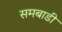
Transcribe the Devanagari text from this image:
समबाडी